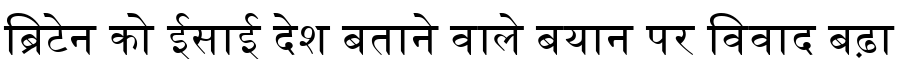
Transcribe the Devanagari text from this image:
ब्रिटेन को ईसाई देश बताने वाले बयान पर विवाद बढ़ा